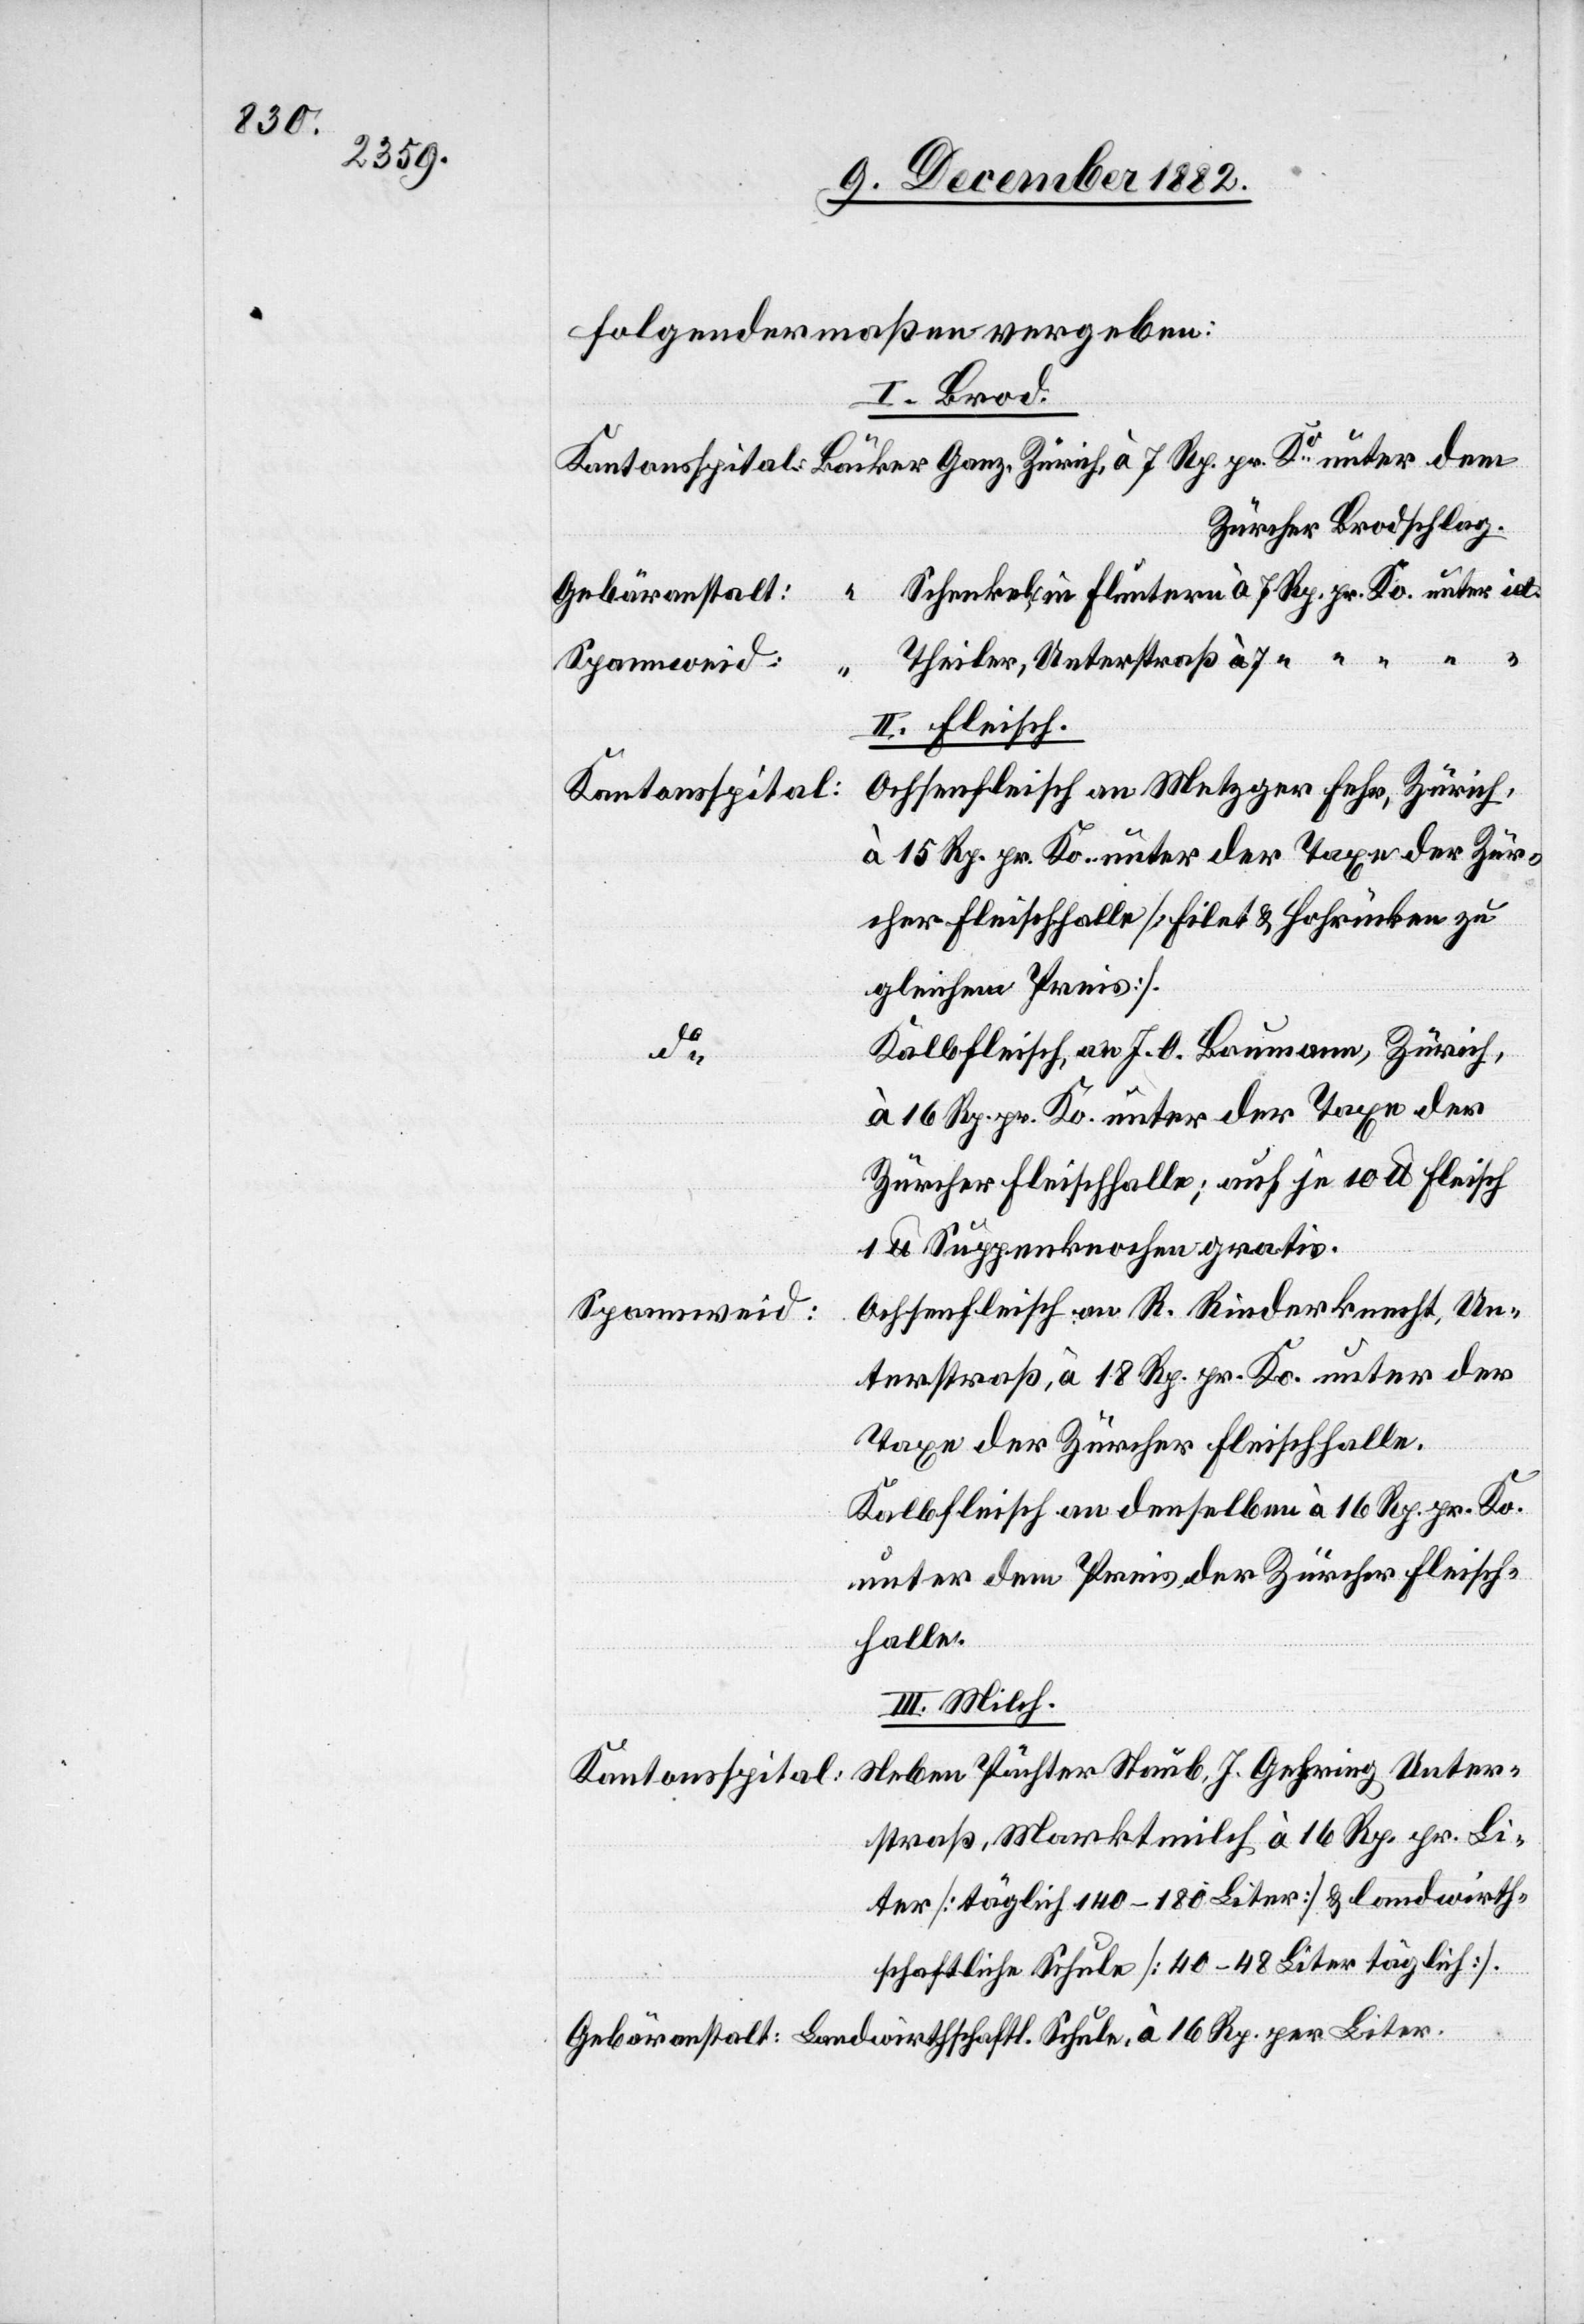
folgendermaßen vergeben:
I. Brod.
Zürcher Brodschlag.
per
Schenkel, in Fluntern à 7 Rp. pr. Ko. unter id.
Gebäranstalt:
Theiler, Unterstraß à 7 “ “ “ “ “
Spannweid:
II. Fleisch.
Ochsenfleisch an Metzger Fehr, Zürich,
à 15 Rp. pr. Ko. unter der Taxe der Zür¬
cher Fleischhalle [Filet & Hohrücken zu
gleichem Preis].
Kalbfleisch, an J. O. Baumann, Zürich,
Liter.
16 Rp. pr. Ko. unter der Taxe der
Zürcher Fleischhalle; auf je 10 U Fleisch
1 U Suppenknochen gratis.
Ochsenfleisch an R. Rinderknecht, Un¬
terstraß, à 18 Rp. pr. Ko. unter der
Taxe der Zürcher Fleischhalle.
Kalbfleisch an denselben à 16 Rp. pr. Ko.
unter dem Preis der Zürcher Fleisch¬
halle.
III. Milch.
Neben Pächter Staub, J. Gehring Unter¬
Kantonsspital:
straß, Marktmilch à 16 Rp. pr. Li¬
ter [täglich 140–180 Liter] & landwirth¬
schaftliche Schule [40–48 Liter täglich].